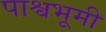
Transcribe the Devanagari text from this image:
पाश्वभूमी